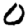
Digit: 0